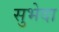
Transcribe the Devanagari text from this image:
सुभेदा